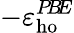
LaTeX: -\varepsilon_{\mathrm{ho}}^{P\! B\! E}